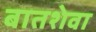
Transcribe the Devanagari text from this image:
बातशेवा